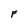
Character: F